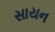
સાયન